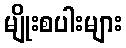
မျိုးစပါးများ